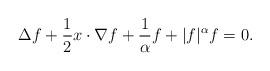
LaTeX: \begin{align*} \Delta f + \frac {1} {2} x\cdot \nabla f + \frac {1} {\alpha } f + |f|^\alpha f = 0.\end{align*}